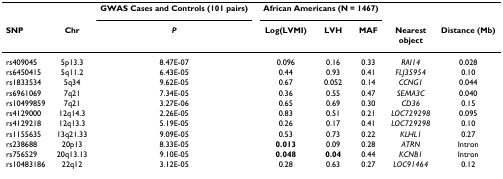
<table><thead><tr><td></td><td></td><td><b>GWAS Cases and Controls (101 pairs)</b></td><td colspan="3"><b>African Americans (N = 1467)</b></td><td></td><td></td></tr><tr><td><b>SNP</b></td><td><b>Chr</b></td><td><b><i>P</i></b></td><td><b>Log(LVMI)</b></td><td><b>LVH</b></td><td><b>MAF</b></td><td><b>Nearestobject</b></td><td><b>Distance (Mb)</b></td></tr></thead><tbody><tr><td>rs409045</td><td>5p13.3</td><td>8.47E-07</td><td>0.096</td><td>0.16</td><td>0.33</td><td><i>RAI14</i></td><td>0.028</td></tr><tr><td>rs6450415</td><td>5q11.2</td><td>6.43E-05</td><td>0.44</td><td>0.93</td><td>0.41</td><td><i>FLJ35954</i></td><td>0.10</td></tr><tr><td>rs1833534</td><td>5q34</td><td>9.62E-05</td><td>0.67</td><td>0.052</td><td>0.14</td><td><i>CCNG1</i></td><td>0.044</td></tr><tr><td>rs6961069</td><td>7q21</td><td>7.34E-05</td><td>0.36</td><td>0.55</td><td>0.47</td><td><i>SEMA3C</i></td><td>0.040</td></tr><tr><td>rs10499859</td><td>7q21</td><td>3.27E-06</td><td>0.65</td><td>0.69</td><td>0.30</td><td><i>CD36</i></td><td>0.15</td></tr><tr><td>rs4129000</td><td>12q14.3</td><td>2.26E-05</td><td>0.83</td><td>0.51</td><td>0.21</td><td><i>LOC729298</i></td><td>0.095</td></tr><tr><td>rs4129218</td><td>12q13.3</td><td>5.19E-05</td><td>0.26</td><td>0.17</td><td>0.41</td><td><i>LOC729298</i></td><td>0.10</td></tr><tr><td>rs1155635</td><td>13q21.33</td><td>9.09E-05</td><td>0.53</td><td>0.73</td><td>0.22</td><td><i>KLHL1</i></td><td>0.27</td></tr><tr><td>rs238688</td><td>20p13</td><td>8.33E-05</td><td><b>0.013</b></td><td>0.09</td><td>0.28</td><td><i>ATRN</i></td><td>Intron</td></tr><tr><td>rs756529</td><td>20q13.13</td><td>9.10E-05</td><td><b>0.048</b></td><td><b>0.04</b></td><td>0.44</td><td><i>KCNB1</i></td><td>Intron</td></tr><tr><td>rs10483186</td><td>22q12</td><td>3.12E-05</td><td>0.28</td><td>0.63</td><td>0.27</td><td><i>LOC91464</i></td><td>0.12</td></tr></tbody></table>